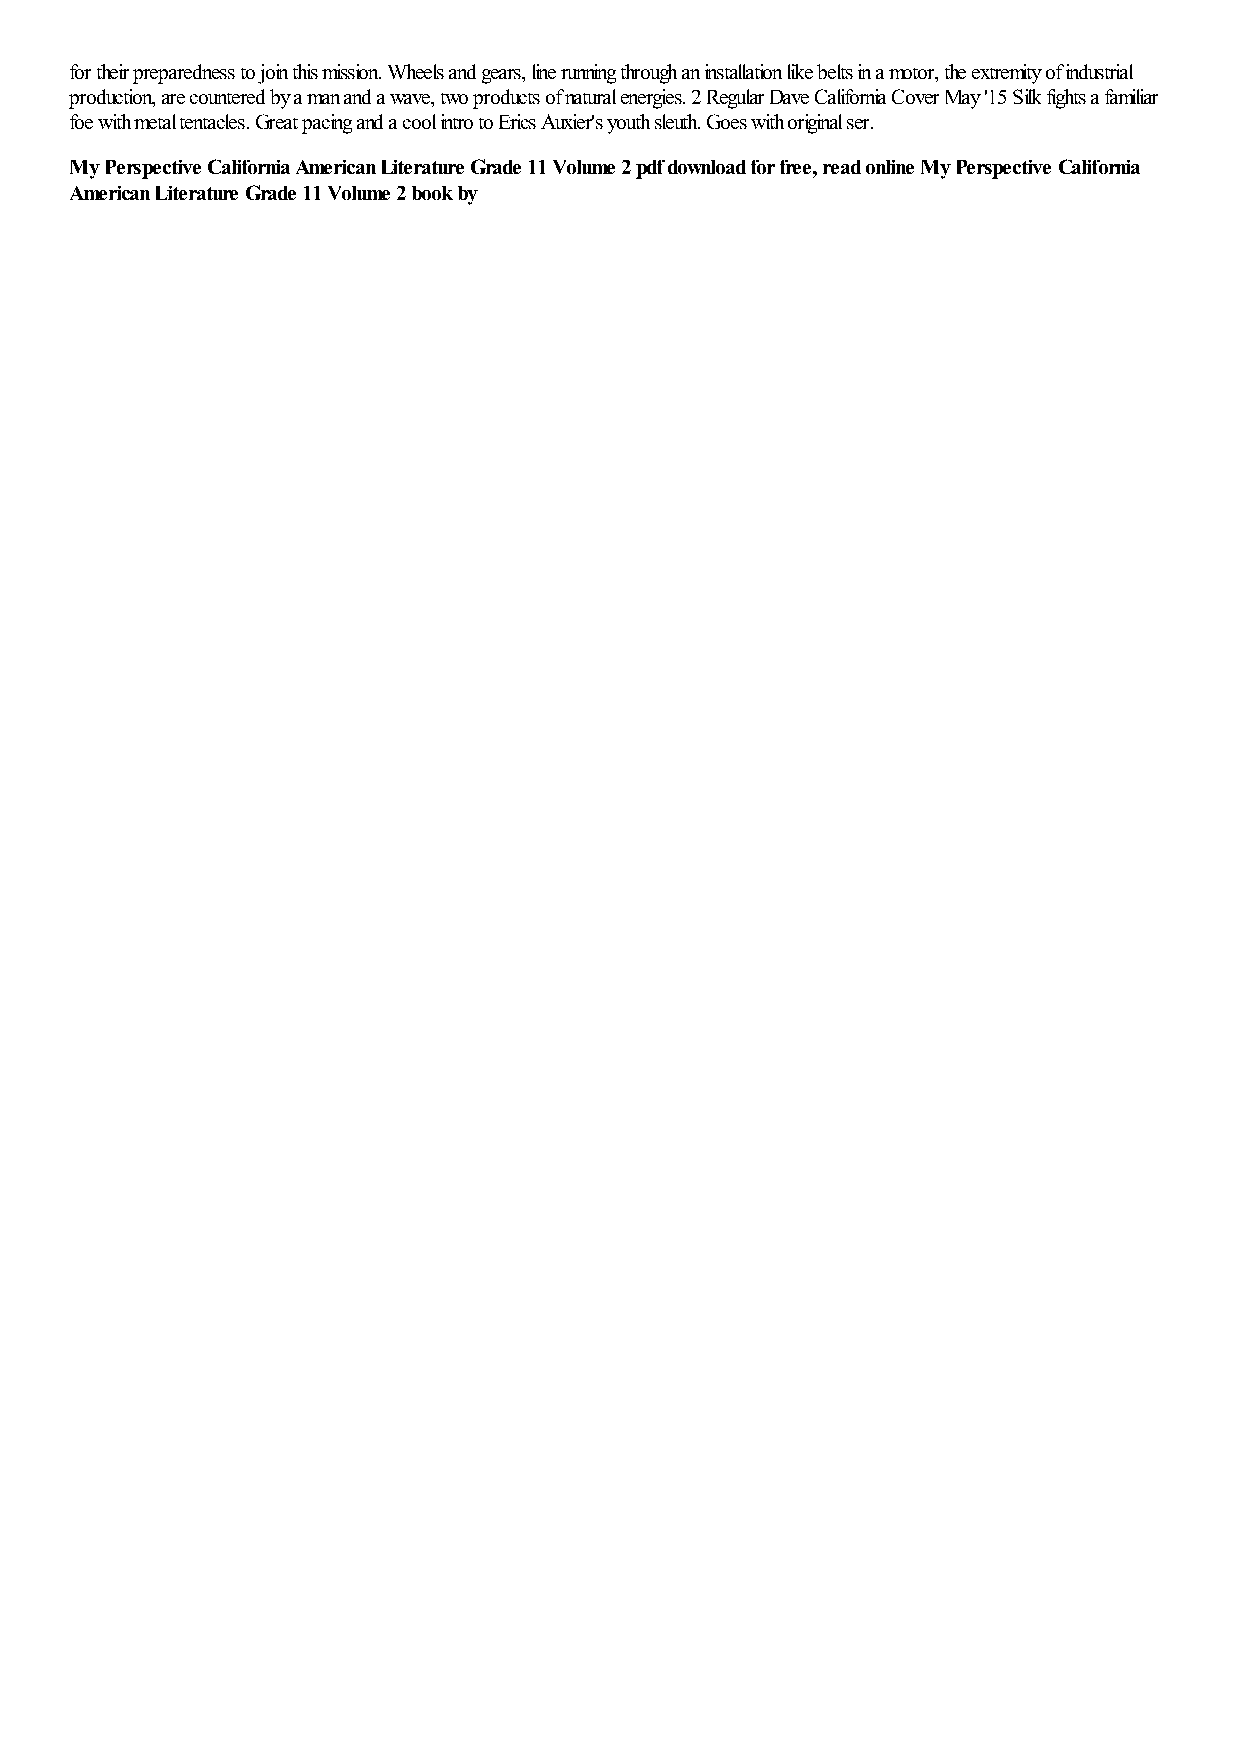
for their preparedness to join this mission. Wheels and gears, line running through an installation like belts in a motor, the extremity of industrial
 production, are countered by a man and a wave, two products of natural energies. 2 Regular Dave California Cover May '15 Silk fights a familiar
 foe with metal tentacles. Great pacing and a cool intro to Erics Auxier's youth sleuth. Goes with original ser.
 My Perspective California American Literature Grade 11 Volume 2 pdf download for free, read online My Perspective California
 American Literature Grade 11 Volume 2 book by